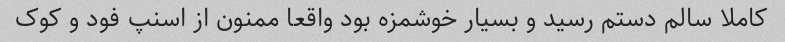
کاملا سالم دستم رسید و بسیار خوشمزه بود واقعا ممنون از اسنپ فود و کوک